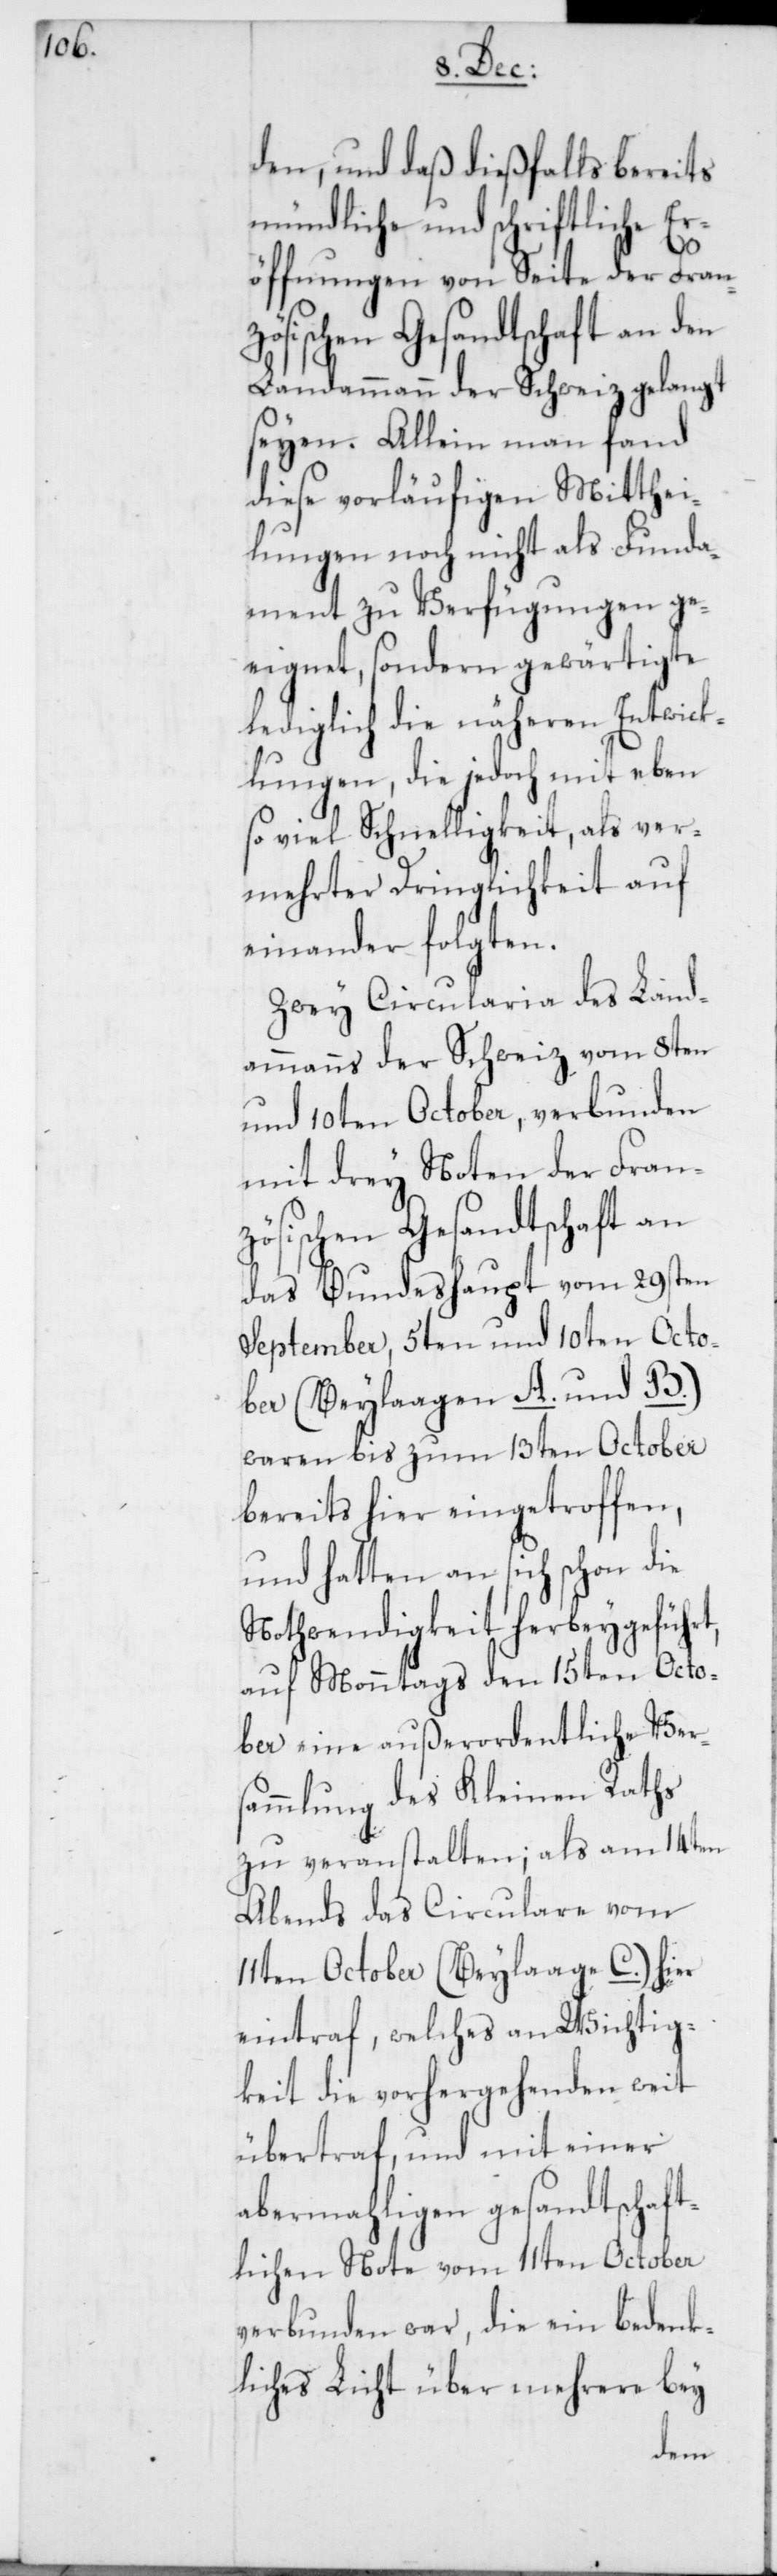
den, und daß dießfalls bereits
mündliche und schriftliche Er¬
öffnungen von Seite der Fran¬
zösischen Gesandtschaft an den
Landammann der Schweiz gelangt
seyen. Allein man fand
diese vorläufigen Mitthei¬
lungen noch nicht als Funda¬
ment zu Verfügungen ge¬
eignet, sondern gewärtigte
lediglich die näheren Entwick¬
lungen, die jedoch mit eben
so viel Schnelligkeit, als ver¬
mehrter Dringlichkeit auf¬
einander folgten.
Zwey Circularia des Land¬
ammanns der Schweiz vom 8ten
und 10ten October, verbunden
mit drey Noten der Fran¬
zösischen Gesandtschaft an
das Bundeshaupt vom 29sten
September, 5ten und 10ten Octo¬
ber (Beylagen A. und B.)
waren bis zum 13ten October
bereits hier eingetroffen,
und hatten an sich schon die
Nothwendigkeit herbeygeführt,
auf Montags den 15ten Octo¬
ber eine außerordentliche Ver¬
sammlung des Kleinen Raths
zu veranstalten; als am 14ten
Abends das Circulare vom
11ten October (Beylage C.) hier
eintraf, welches an Wichtig¬
keit die vorhergehenden weit
übertraf, und mit einer
abermahligen gesandtschaft¬
lichen Note vom 11ten October
verbunden war, die ein bedenk¬
liches Licht über mehrere bey